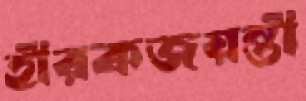
হীরকজয়ন্তী